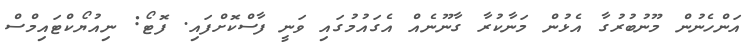
އަންހެނުން މޫނުބުރުގާ އެޅުން މަނާކުރާ ގާނޫނެއް އެގައުމުގައި ވަނީ ފާސްކޮށްފައި. ފޮޓޯ: ނިއުޔޯކްޓައިމްސް